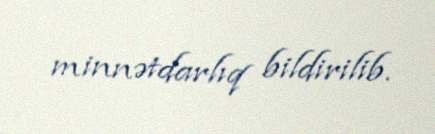
minnətdarlıq bildirilib.